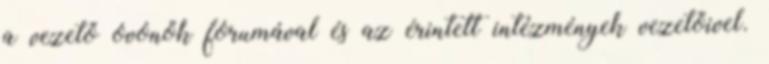
a vezető óvónők fórumával és az érintett intézmények vezetőivel.